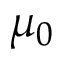
\mu _ { 0 }